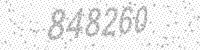
Solution: 848260